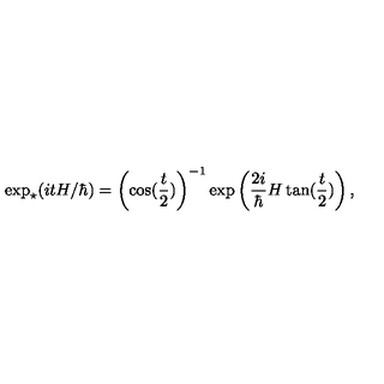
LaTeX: \exp _ { \star } ( i t H / \hbar ) = \left( \cos ( \frac { t } { 2 } ) \right) ^ { - 1 } \exp \left( \frac { 2 i } { \hbar } H \tan ( \frac { t } { 2 } ) \right) ,